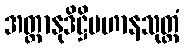
အတ္တာနုဒိဋ္ဌိပဟာနသုတ္တံ